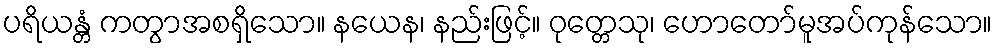
ပရိယန္တံ ကတွာအစရှိသော။ နယေန၊ နည်းဖြင့်။ ဝုတ္တေသု၊ ဟောတော်မူအပ်ကုန်သော။